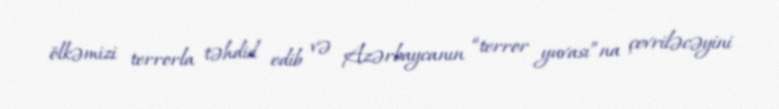
ölkəmizi terrorla təhdid edib və Azərbaycanın “terror yuvası”na çevriləcəyini